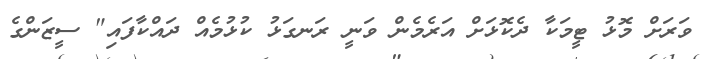
ވަރަށް މޮޅު ޓީމަކާ ދެކޮޅަށް އަރެމެން ވަނީ ރަނގަޅު ކުޅުމެއް ދައްކާފައި" ސީޒަންގެ